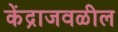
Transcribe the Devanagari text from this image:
केंद्राजवळील